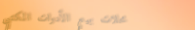
محلات بيع الأدوات المكتبي